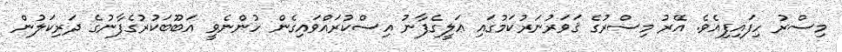
މިސްރު ހިފައިފިއެވެ. އޭރު މިސްރުގެ ޤަވަރުނަރުކަމުގައި ޢަލީގެފާނު އިސްކުރައްވައިގެން ހުންނެވީ އަބޫބަކުރުގެފާނުގެ ދަރިކަލުން